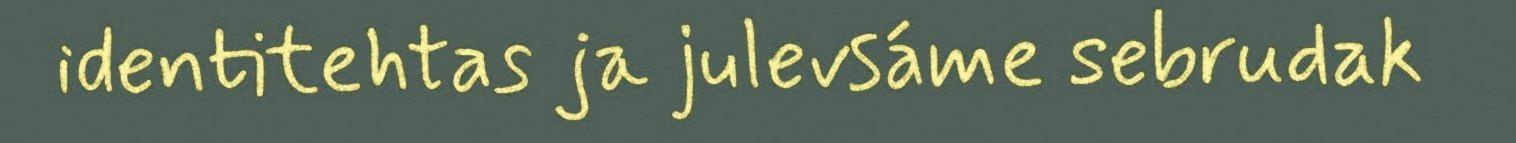
identitehtas ja julevsáme sebrudak